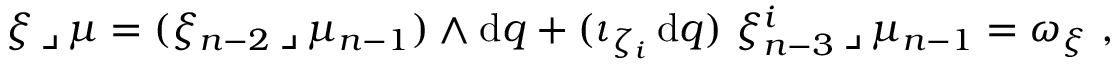
\begin{array} { r } { \xi \, \lrcorner \, \mu = ( \xi _ { n - 2 } \, \lrcorner \, \mu _ { n - 1 } ) \wedge \mathrm { d } q + ( \iota _ { \zeta _ { i } } \, \mathrm { d } q ) \ \xi _ { n - 3 } ^ { i } \, \lrcorner \, \mu _ { n - 1 } = \omega _ { \xi } \ , } \end{array}